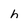
Character: h